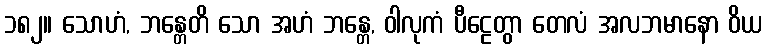
၁၈၂။ သောဟံ, ဘန္တေတိ သော အဟံ ဘန္တေ, ဝါလုကံ ပီဠေတွာ တေလံ အလဘမာနော ဝိယ